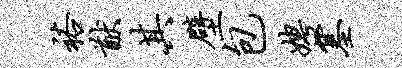
裕猷其壁包娉塞